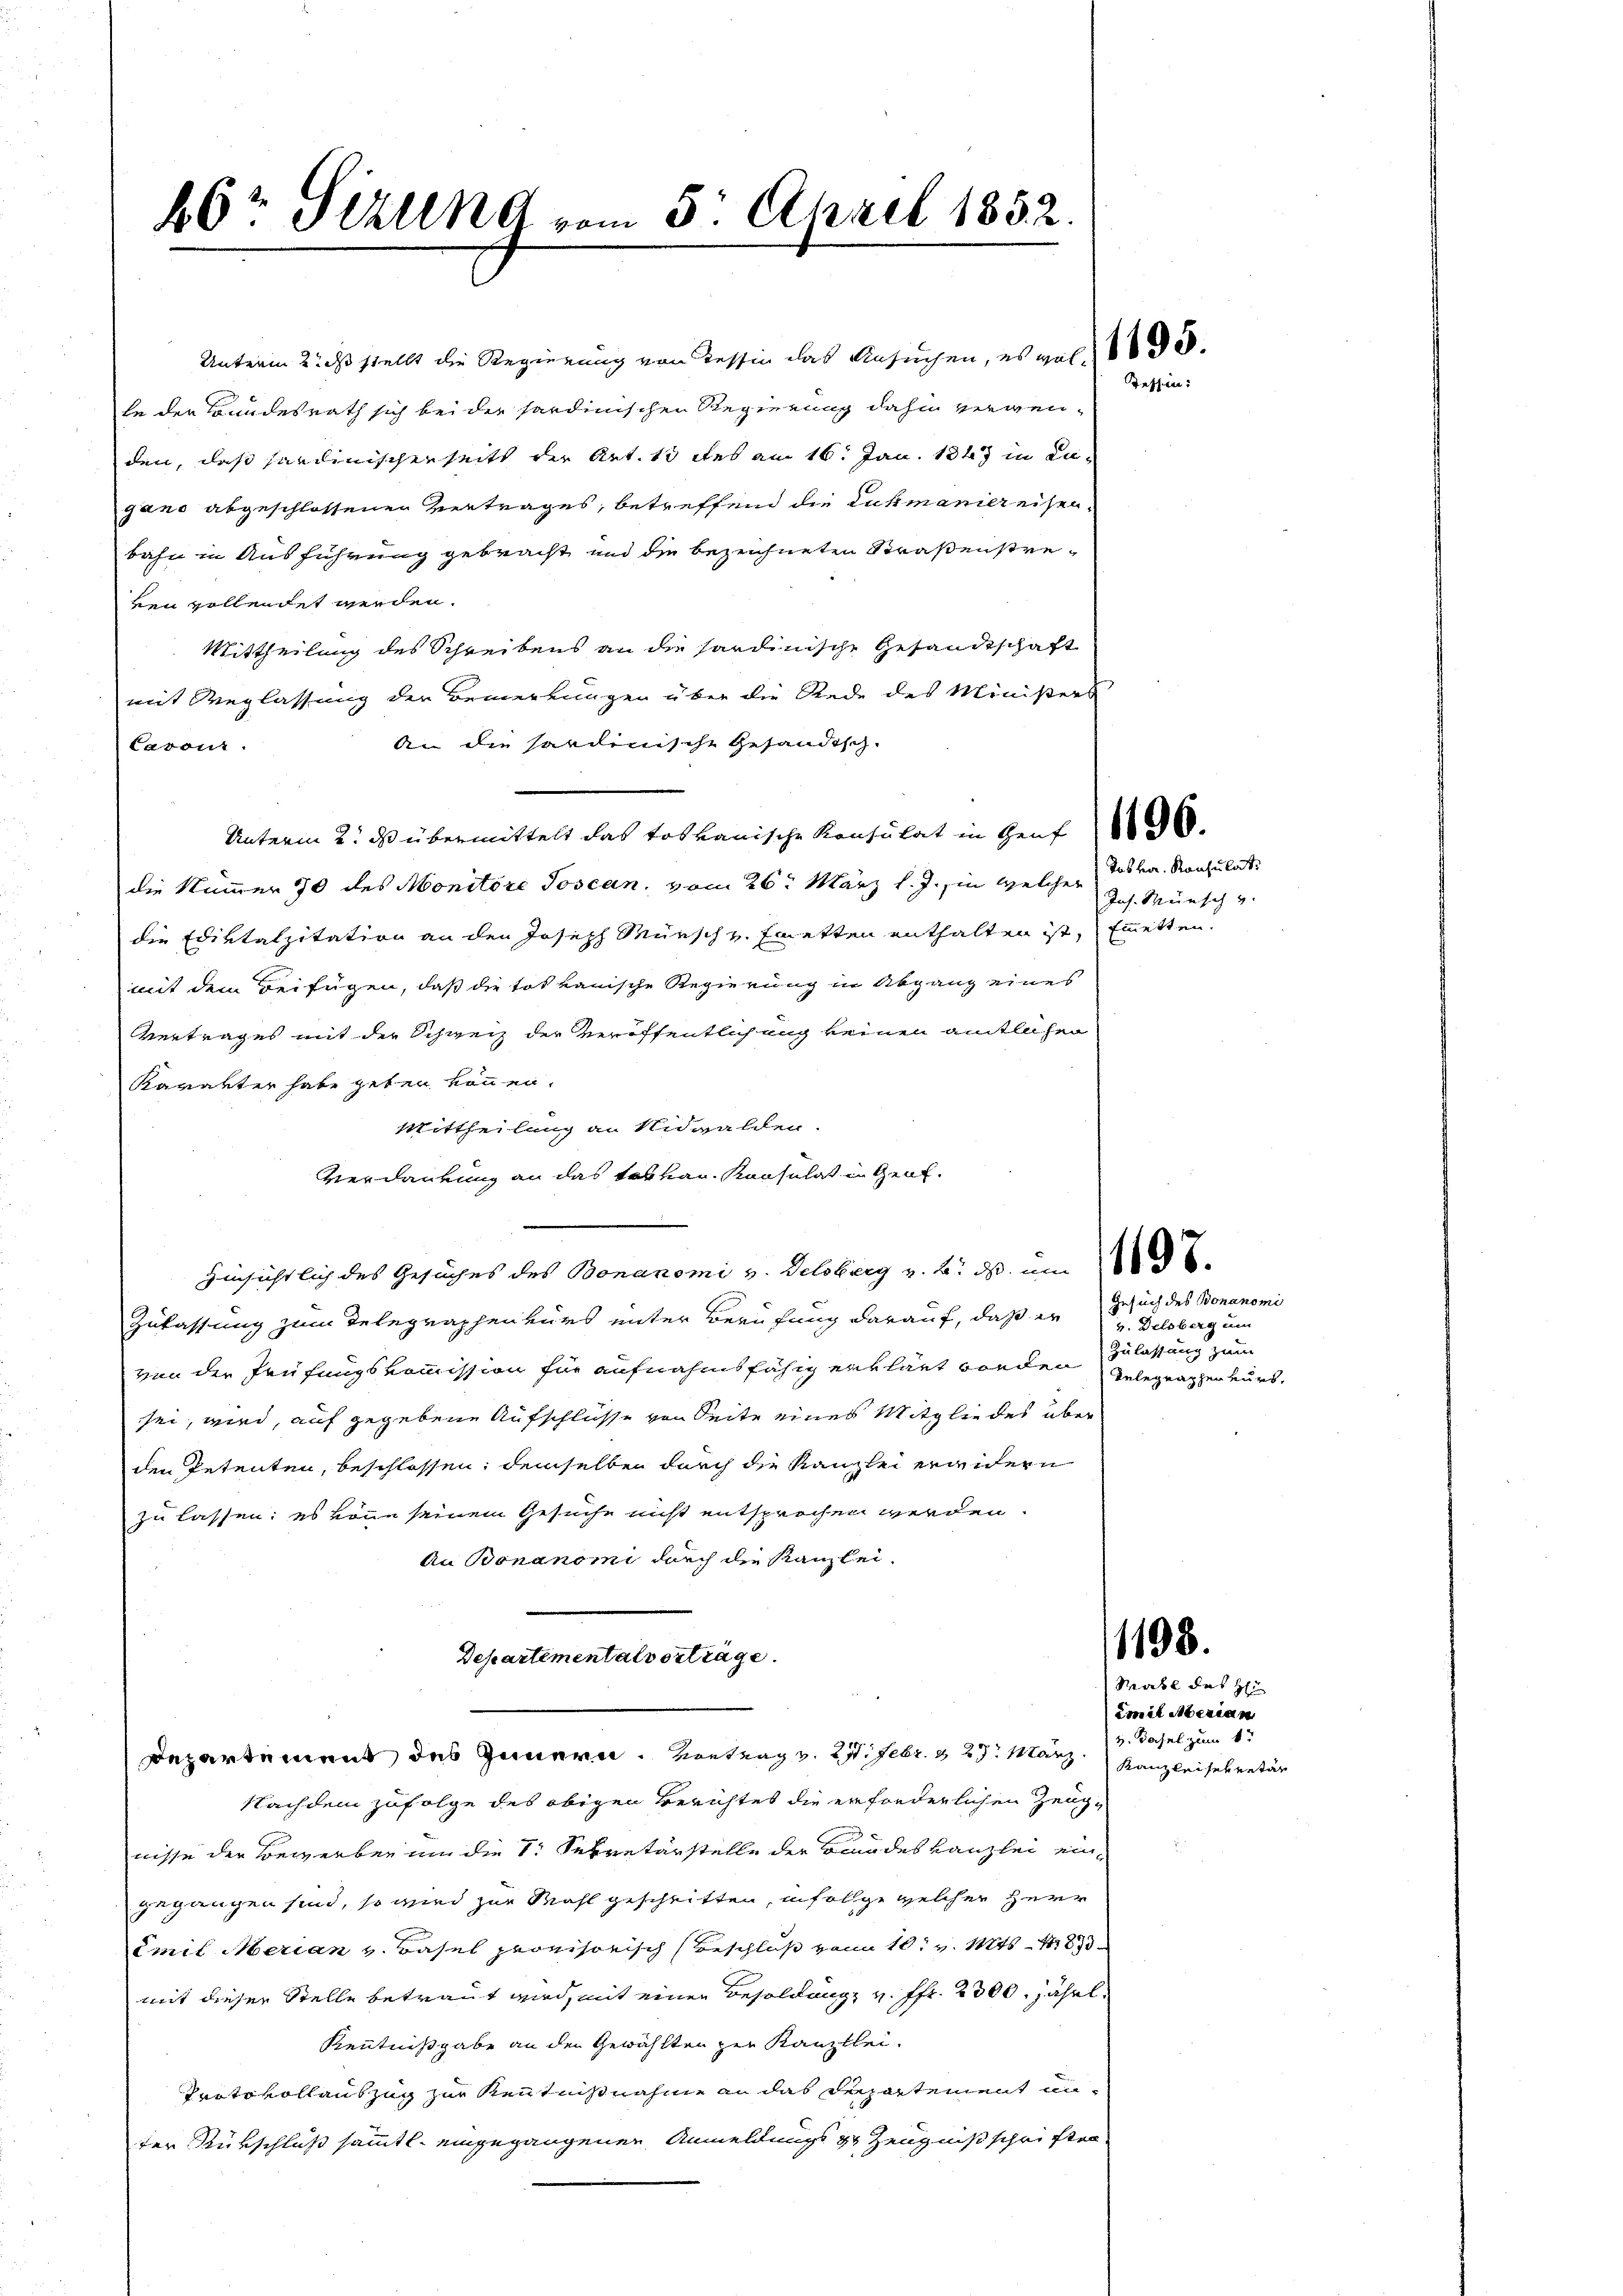
66r Teilung vom 5. April 1832.

Unterm 2. ds stellt die Regierung von Tessin das Ansuchen, es vel de
te der Bundesrath sich bei der sardinischen Regierung dahin vergenden, daß Sardinischer seits der Art. 13 des am 16. Jan. 1847 in Lugano abgeschlossenen Vertrages, betreffend die Lukmaniereisenbahn in Ausführung gebracht und die bezeichneten Straßenstreven vollendet werden.
Mittheilung des Schreibens an die sardinische Gesandtschaft
mit Weglassung der Bemerkungen über die Rede des Ministers
An die hardinische Gesandtsch¬
Cavour.
Unterm 2. ds übermittelt das toskanische Konsulat in Genf
die Nummer 70 des Monitore Joscan, vom 26. März l. J. in welcher Jobka. Konsulat
die Ediktalzitation an den Joseph Münsch z. Emetten enthalten ist, einetten.
mit dem Beifügen, daß die tot tanische Regierung in Abgang eines
Vertrages mit der Schweiz der veröffentlichung keinen amtlichen
Karakter habe geben können.
Mittheilung an Nidwalden.
Verdankung an das tervau. Konsulat in Genf.
Hinsichtlich des Gesuches des Bonanomi v. Delsberg z. B. ds um
Zulassung zum Telegraphenvers unter Berufung darauf, daß er u. Delsberg um
von der Prüfungskommission für aufnahmsfähig erklärt worden Gelegraphen eurs,
sei, wird, auf gegebene Aufschlüsse von Seite eines Mitgliedes über
den Petenten, beschlossen: demselben durch die Kanzlei erwidern
zu lassen: es könne seinem Gesuche nicht entsprochen werden.
An Bonanomi durch die Kanzlei-
Departementalverträge.

Departement des Innern. Vortrag v. 27. Febr. & 27. März, Kanzleisekretär

Nachdem zufolge des obigen Berichtes die erforderlichen Zeugnisse der Bewerben um die 1. Sekretärstelle der Brandes Kanzlei eingegangen sind, so wird zur Mahl geschritten, infolge welcher Herr
Emil Merian v. Basel provisorisch Beschluß vom 10. v. Mts. 18
mit dieser Stelle betraut wird, mit einen Besoldung v. fr. 2300. jährt,
Kenntnißgabe an den Gewählten zur Kanzlei-
Protokollauszug zur Kenntnißnahme an das Departement under Rükschluß sämmtl. eingegangenen Anmeldungs 3 Zeugniß schriften

Tessin:

Jns. Meinsch v.

Gesuch des Bonanomi
Zulassung zum

1198.
Rabl das H

emit Merian
v. Basel zum 6te